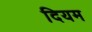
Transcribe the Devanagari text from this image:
दियम